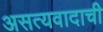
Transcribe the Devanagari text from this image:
असत्यवादाची